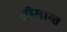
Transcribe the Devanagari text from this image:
सीमान्‍त